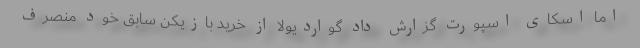
اما اسکای اسپورت گزارش داد گواردیولا از خرید بازیکن سابق خود منصرف